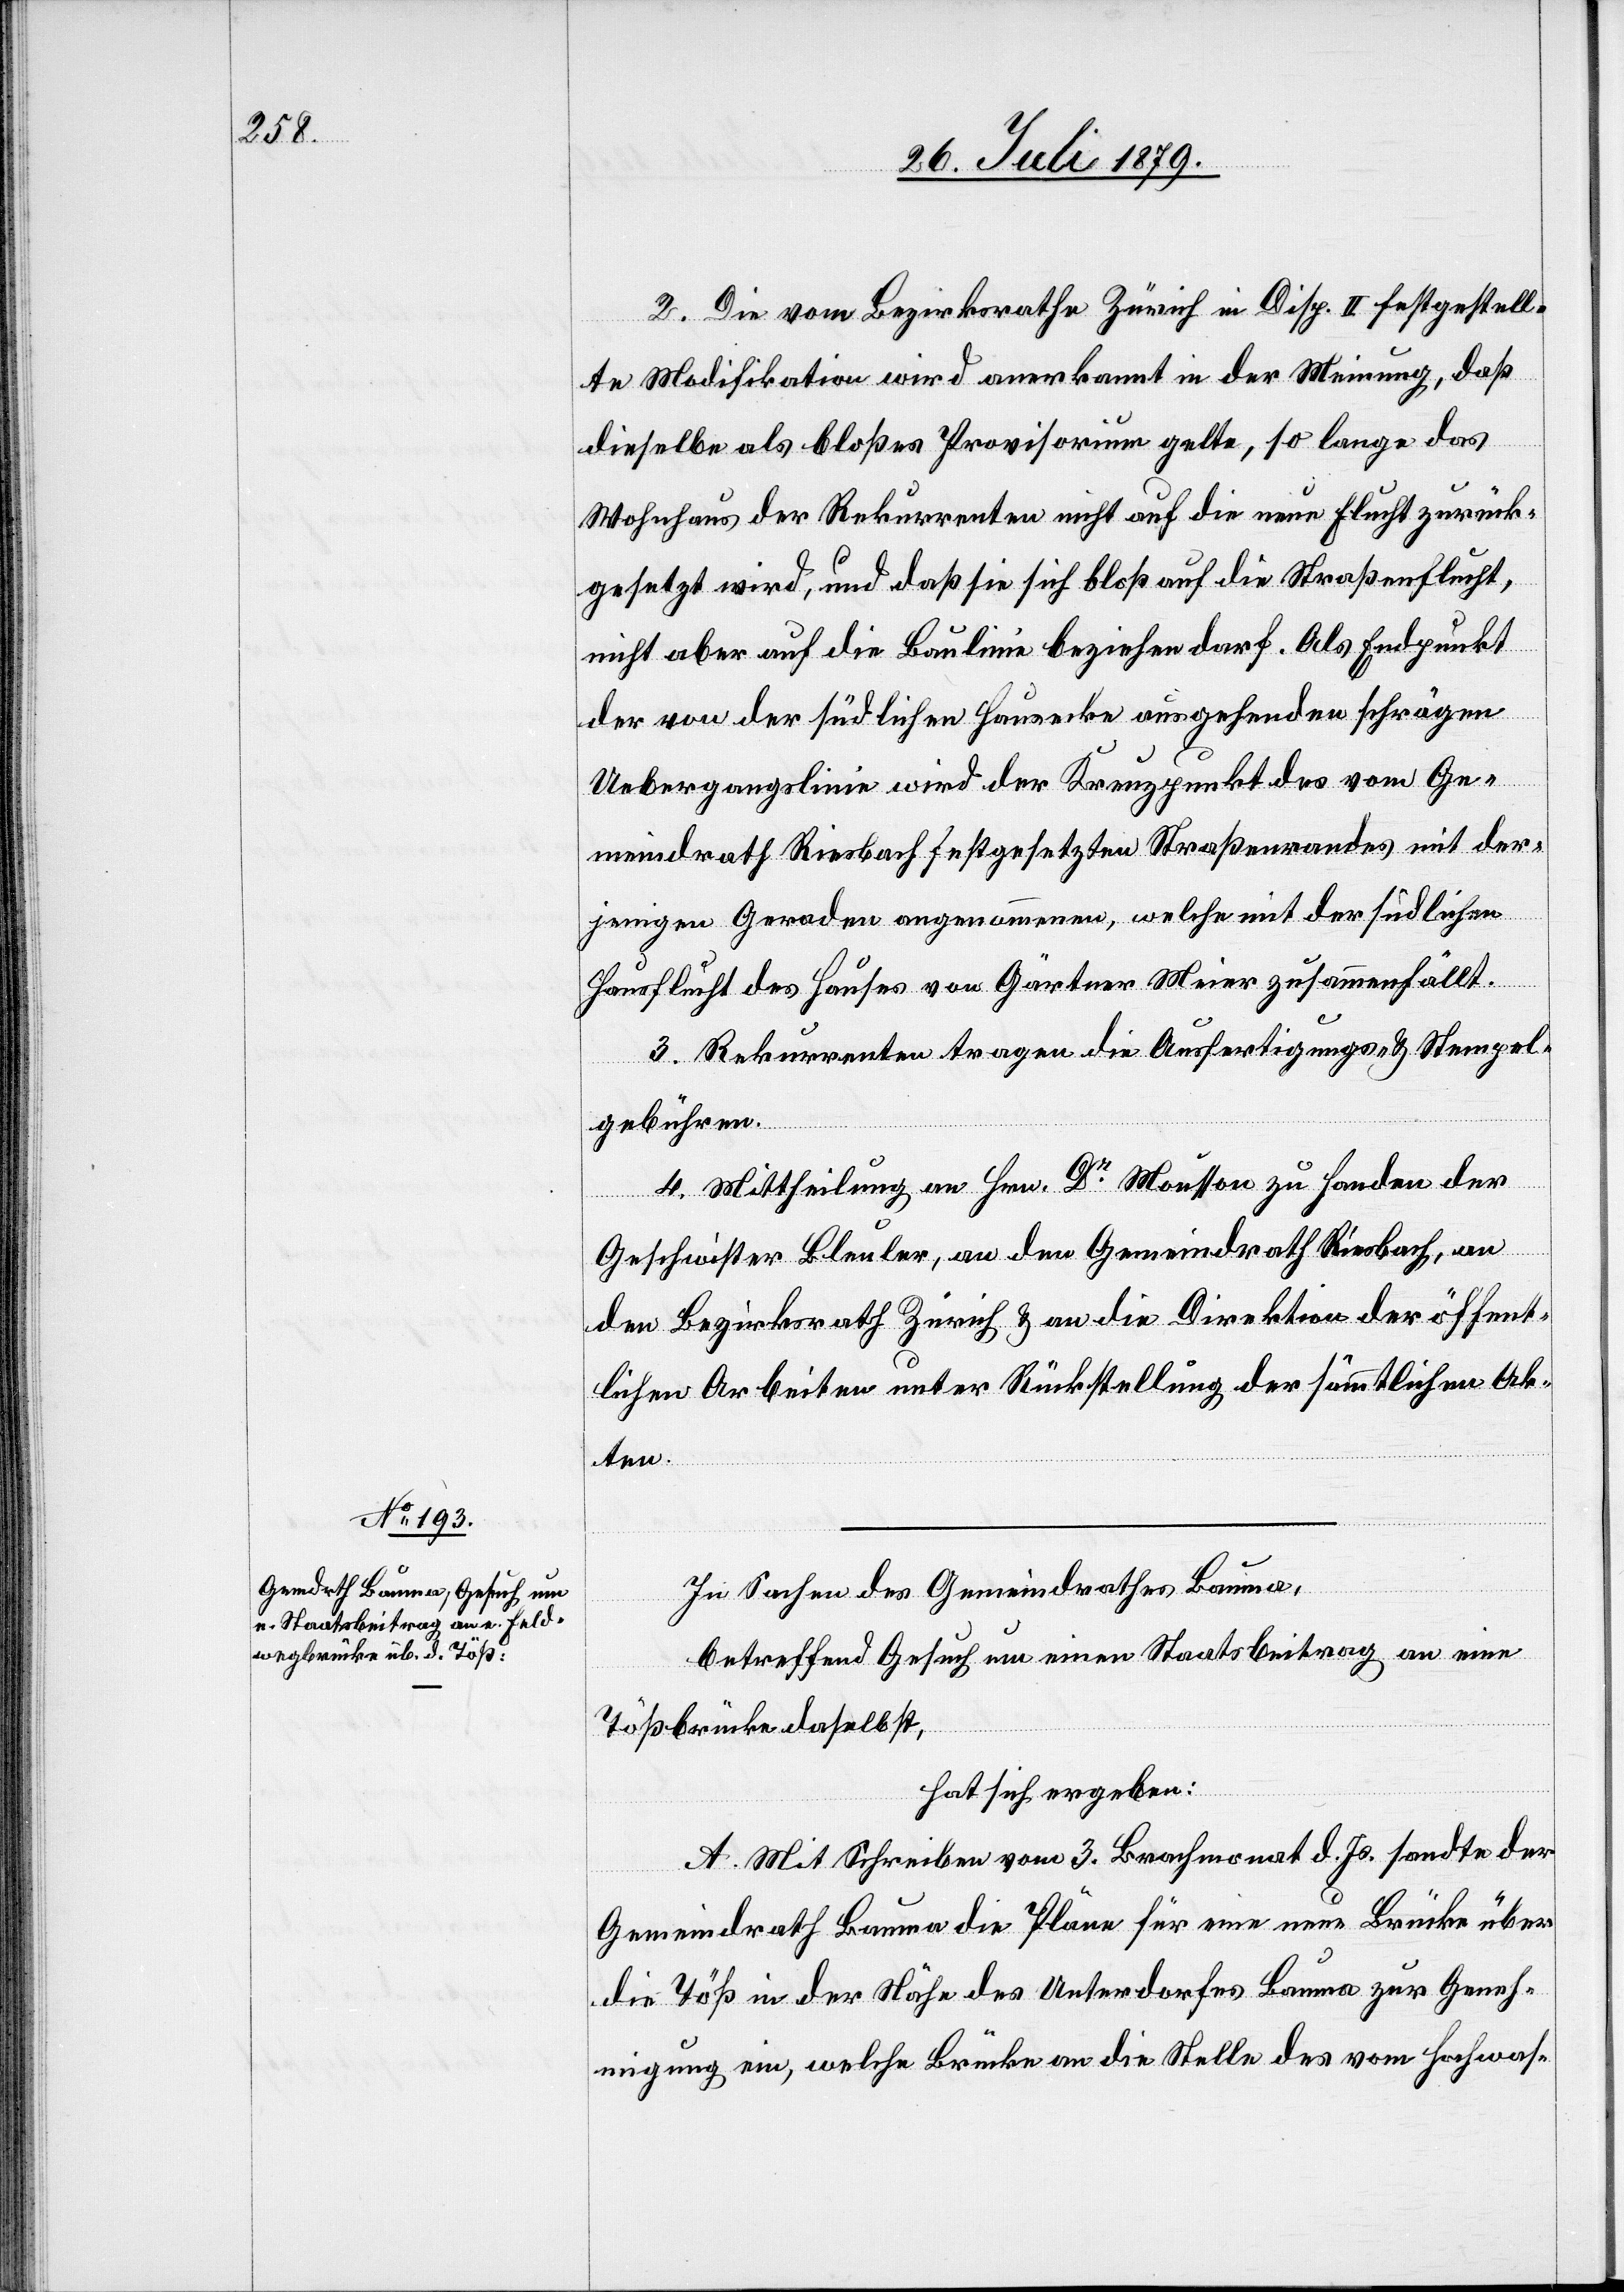
2. Die vom Bezirksrathe Zürich in Disp. II festgestell¬
te Modifikation wird anerkannt in der Meinung, daß
dieselbe als bloßes Provisorium gelte, so lange das
Wohnhaus der Rekurrenten nicht auf die neue Flucht zurück¬
gesetzt wird, und daß sie sich bloß auf die Straßenflucht,
nicht aber auf die Baulinie beziehen darf. Als Endpunkt
der von der südlichen Hausecke ausgehenden schrägen
Uebergangslinie wird der Kreuzpunkt des vom Ge¬
meindrath Riesbach festgesetzten Straßenrandes mit der¬
jenigen Geraden angenommen, welche mit der südlichen
Hausflucht des Hauses von Gärtnern Meier zusammenfällt.
3. Rekurrenten tragen die Ausfertigungs- und Stempel¬
gebühren.
4. Mittheilung an Hrn. Dr Mousson zu Handen der
Geschwister Bleuler, an den Gemeindrath Riesbach, an
den Bezirksrath Zürich & an die Direktion der öffent¬
lichen Arbeiten unter Rückstellung der sämmtlichen Ak¬
ten.
In Sachen des Gemeindrathes Bauma,
betreffend Gesuch um einen Staatsbeitrag an eine
Tößbrücke daselbst,
hat sich ergeben:
A. Mit Schreiben vom 3. Brachmonat d. Js. sandte der
Gemeindrath Bauma die Pläne für eine neue Brücke über
die Töß in der Nähe des Unterdorfes Bauma zur Geneh¬
migung ein, welche Brücke an die Stelle des vom Hochwas-